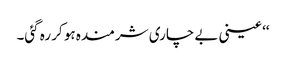
‘‘ عینی بے چاری شرمندہ ہو کر رہ گئی۔